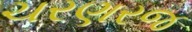
ચરણરજ